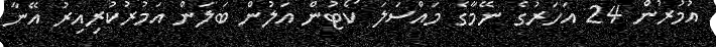
އުމުރުން 24 އަހަރުގެ ނޭމާގެ މައްސަލަ ކޯޓުން އަލުން ބަލަން އަމުރުކުރިއިރު އޭނާ